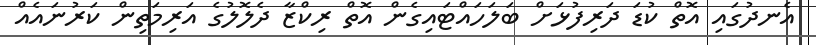
އެނދުގައި އޮތް ކުޑަ ދަރިފުޅަށް ބަލަހައްޓައިގެން އޮތް ރިކްޒާ ދެލޮލުގެ އަރިމަތިން ކަރުނައެއް